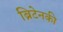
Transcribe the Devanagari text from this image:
ब्रिटेनकी